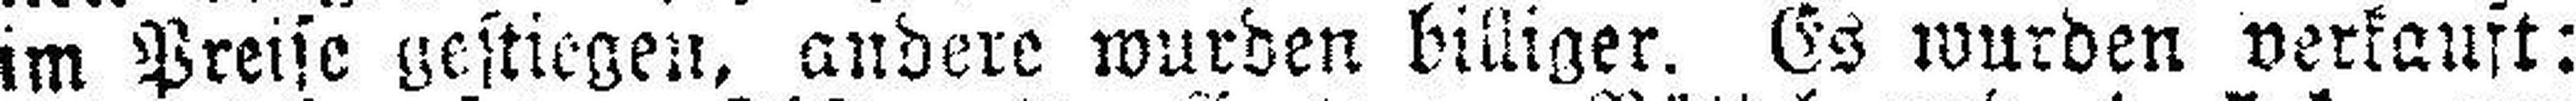
im Preise gestiegen, andere wurden billiger. Es wurden verkauft: